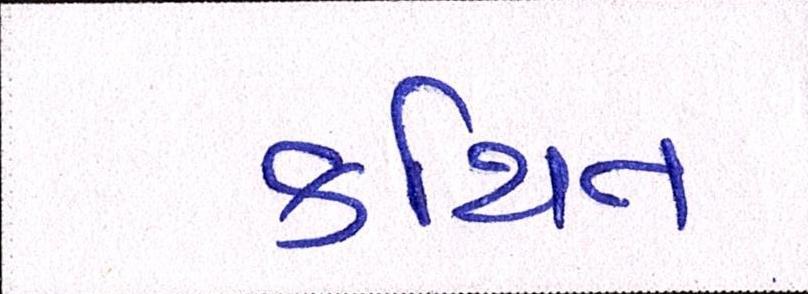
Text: કથિત